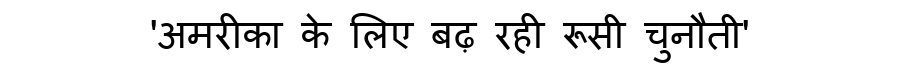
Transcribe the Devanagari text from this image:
'अमरीका के लिए बढ़ रही रूसी चुनौती'